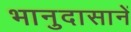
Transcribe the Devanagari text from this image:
भानुदासानें